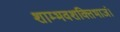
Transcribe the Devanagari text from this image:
शाम्भवशक्तिभाजं।